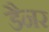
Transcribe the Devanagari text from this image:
डैनर